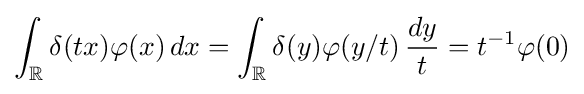
\int _{\mathbb {R} }\delta (tx)\varphi (x)\,dx=\int _{\mathbb {R} }\delta (y)\varphi (y/t)\,{\frac {dy}{t}}=t^{-1}\varphi (0)